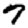
Digit: 7